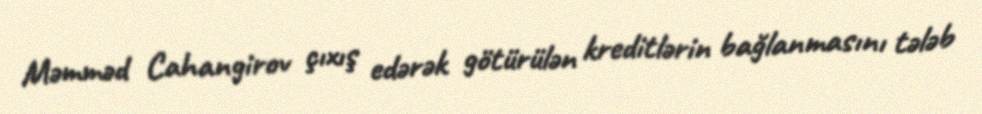
Məmməd Cahangirov çıxış edərək götürülən kreditlərin bağlanmasını tələb